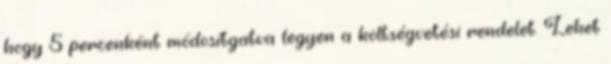
hogy 5 percenként módosítgatva legyen a költségvetési rendelet. Lehet